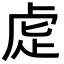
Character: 𮓝